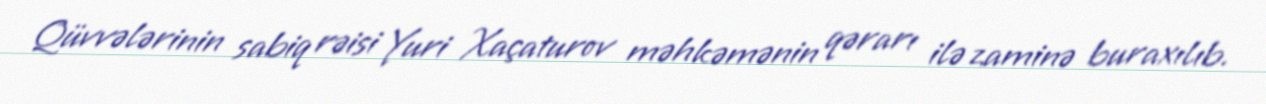
Qüvvələrinin sabiq rəisi Yuri Xaçaturov məhkəmənin qərarı ilə zaminə buraxılıb.